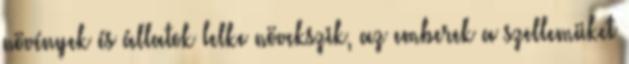
növények és állatok lelke növekszik, az emberek a szellemüket